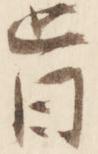
旨